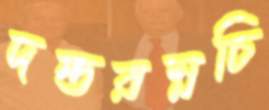
দন্তরম্নচি